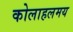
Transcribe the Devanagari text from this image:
कोलाहलमय